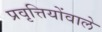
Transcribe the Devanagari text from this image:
प्रवृत्तियोंवाले